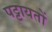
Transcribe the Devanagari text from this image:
पट्टायतों